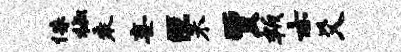
侏椒乘妄叵未贾叛亦爻